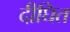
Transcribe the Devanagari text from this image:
दीघित